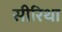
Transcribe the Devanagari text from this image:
सीरिथा